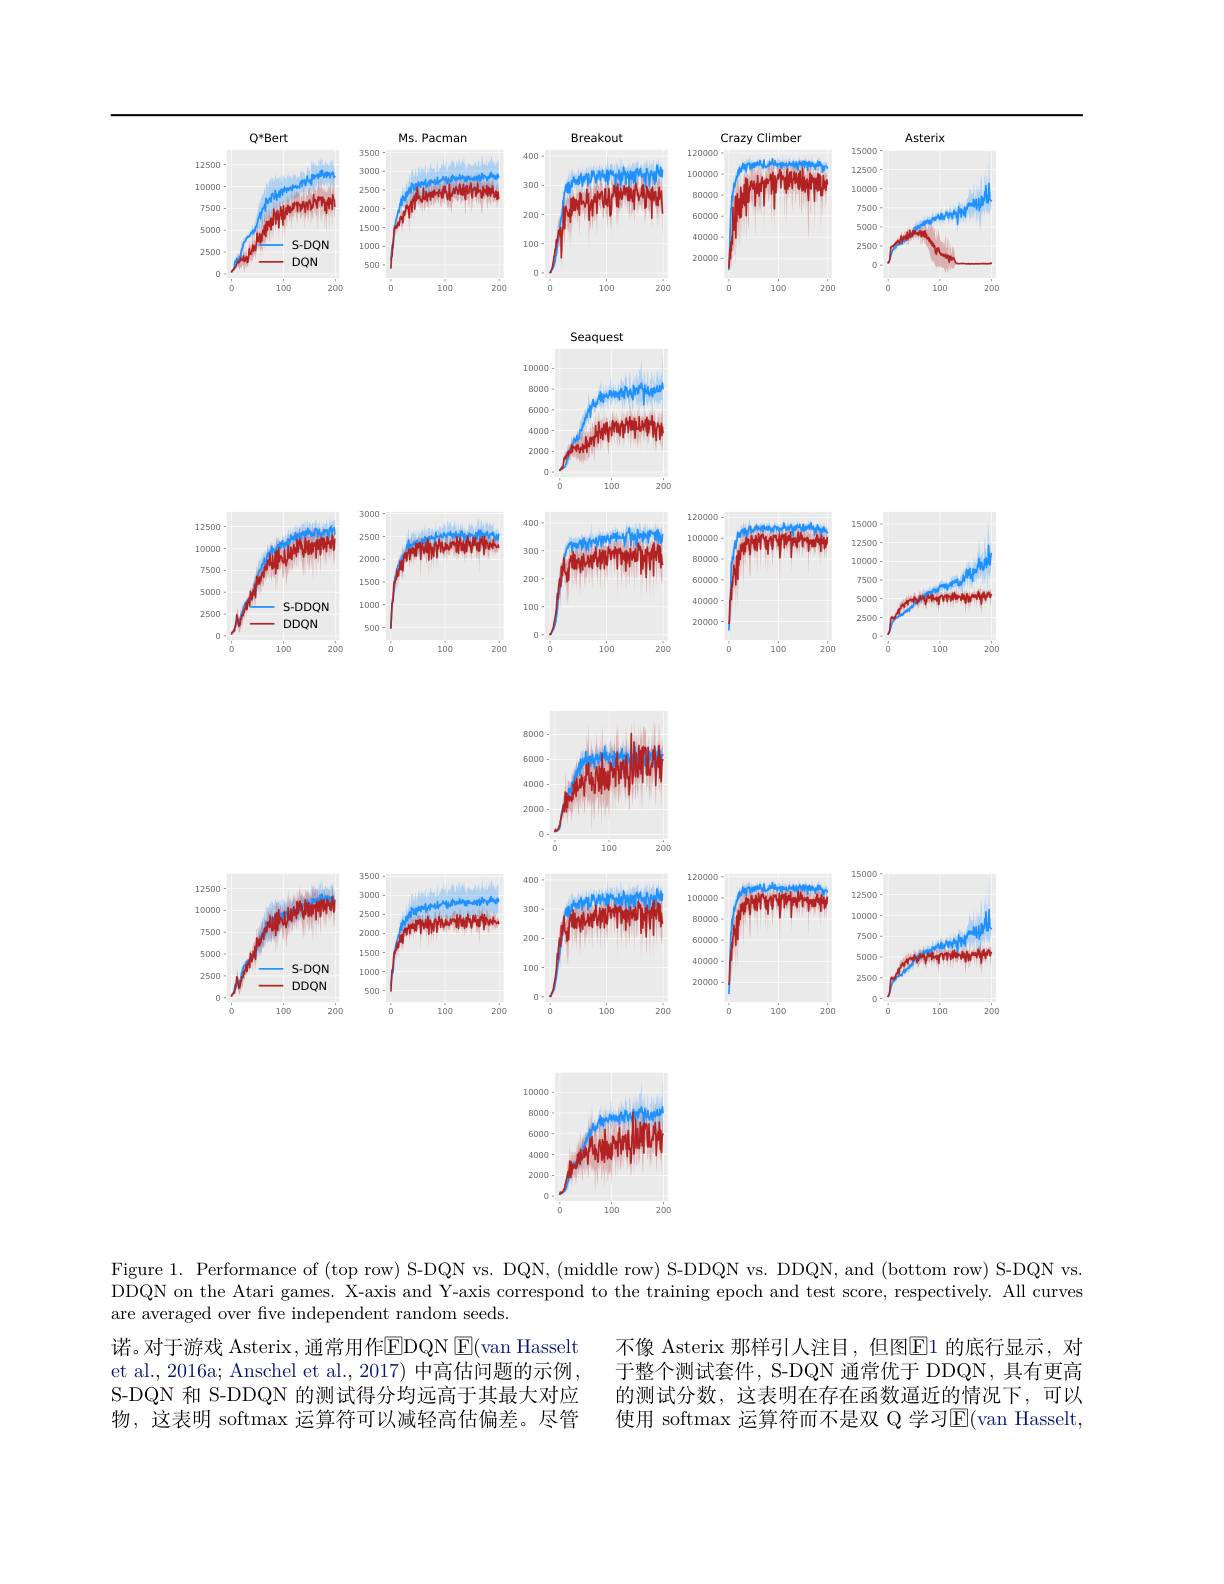
$Q^*Bert$
Ms. Pacman
Breakout
Crazy Climber
Asterix
<FigureHere>

Figure 1. Performance of (top row) S-DQN vs. DQN, (middle row) S-DDQN vs. DDQN, and (bottom row) S-DQN vs. DDQN on the Atari games. X-axis and Y-axis correspond to the training epoch and test score, respectively. All curves are averaged over five independent random seeds.

诺。对于游戏 Asterix , 通常用作EDQN E(van Hasselt et al., 2016a; Anschel et al., 2017) 中高估问题的示例， S-DQN 和 S-DDQN 的测试得分均远高于其最大对应物，这表明 softmax 运算符可以减轻高估偏差。尽管

不像 Asterix 那样引人注目，但图$\boxed{\mathrm{E}}1$ 的底行显示，对于整个测试套件，S-DQN 通常优于 DDQN, 具有更高的测试分数，这表明在存在函数逼近的情况下，可以使用 softmax 运算符而不是双 Q 学习$\overline{\mathrm{E}}($van Hasselt,